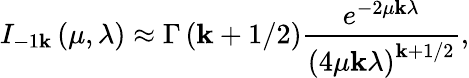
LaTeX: I_{-1\mathbf{k}}\left(\mu,\lambda\right)\approx\Gamma\left(\mathbf{k}+1/2\right)\frac{{e^{-2\mu\mathbf{k}\lambda}}}{{\left(4\mu\mathbf{k}\lambda\right)^{\mathbf{k}+1/2}}},